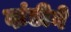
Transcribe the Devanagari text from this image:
दांडीने